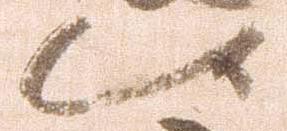
候